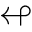
\looparrowleft